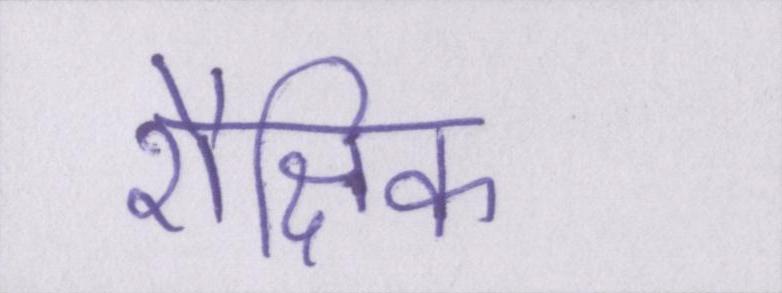
शैक्षिक